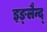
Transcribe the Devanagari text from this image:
इङ्लैन्द्